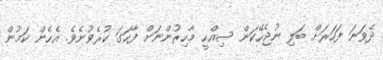
ދެވަނަ ފަހަރަށް ބަލި ނުޖެހޭކަން ސިއްހީ މާހިރުންނަށް ފާހަގަ ކުރެވުނެވެ. އެހެން ކަމުން